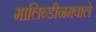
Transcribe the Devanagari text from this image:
मालिब्डीनमवाले